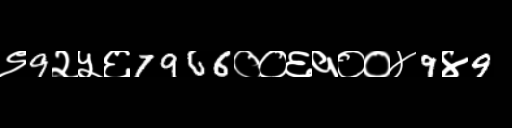
Text: ९9२५६7966००६१००४9४9